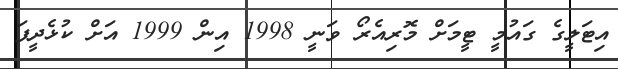
އިޓަލީގެ ގައުމީ ޓީމަށް މޮރިއެރޯ ވަނީ 1998 އިން 1999 އަށް ކުޅެދީފަ